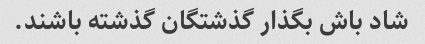
شاد باش بگذار گذشتگان گذشته باشند.